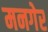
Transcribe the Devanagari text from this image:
मनगेर